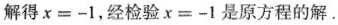
解得＄＄χ = - 1＄＄，经检验＄＄x = - 1＄＄是原方程的解。